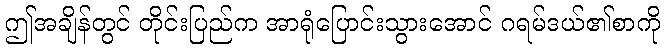
ဤအချိန်တွင် တိုင်းပြည်က အာရုံပြောင်းသွားအောင် ဂရမ်ဒယ်၏စာကို